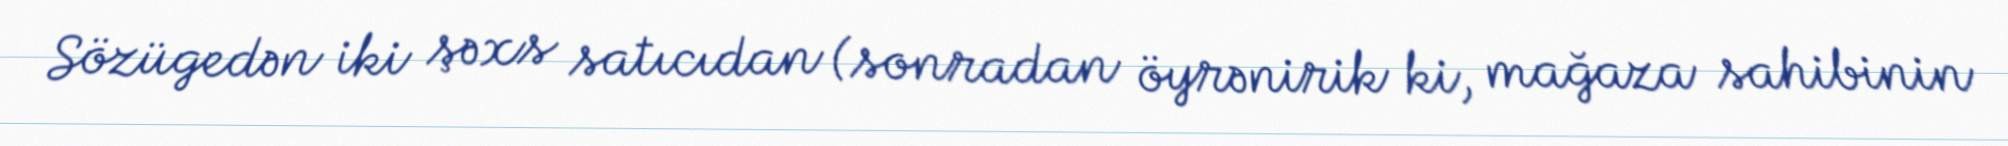
Sözügedən iki şəxs satıcıdan (sonradan öyrənirik ki, mağaza sahibinin